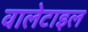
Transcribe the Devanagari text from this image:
वालेटाइल